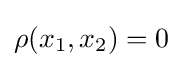
\rho (x_{1},x_{2})=0